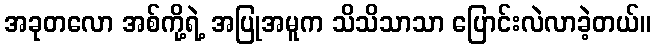
အခုတလော အစ်ကို့ရဲ့ အပြုအမူက သိသိသာသာ ပြောင်းလဲလာခဲ့တယ်။